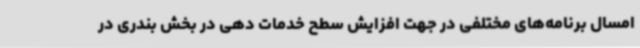
امسال برنامه‌های مختلفی در جهت افزایش سطح خدمات دهی در بخش بندری در